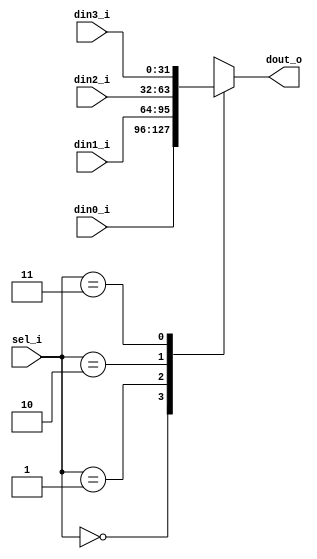
module mux32_41(
    input [1:0]  sel_i,
    input [31:0] din0_i,
    input [31:0] din1_i,
    input [31:0] din2_i,
    input [31:0] din3_i,
    output reg [31:0] dout_o
);

    always @(*) begin
        case (sel_i) 
            0: dout_o = din0_i;
            1: dout_o = din1_i;
            2: dout_o = din2_i;
            3: dout_o = din3_i;
        endcase
    end

endmodule